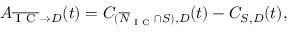
\begin{array} { r } { A _ { \overline { { \textrm { I C } } } \rightarrow D } ( t ) = C _ { ( \overline { N } _ { \textrm { I C } } \cap S ) , D } ( t ) - C _ { S , D } ( t ) , } \end{array}